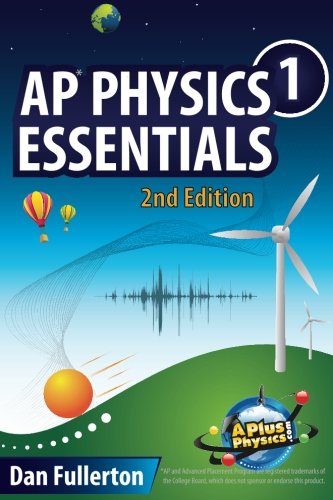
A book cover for AP Physics 1 Essentials: An APlusPhysics Guide; Dan Fullerton; Test Preparation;